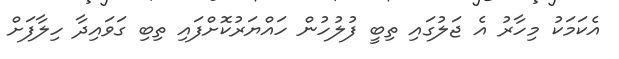
އެކަމަކު މިހާރު އެ ޖަލުގައި ތިބީ ފުލުހުން ހައްޔަރުކޮށްފައި ތިބި ގަވައިދާ ހިލާފަށް